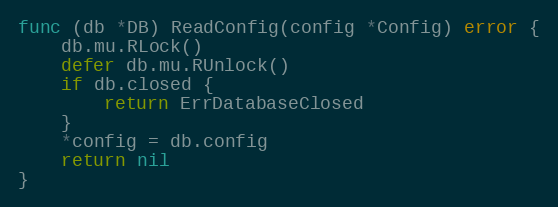
Language: Go
func (db *DB) ReadConfig(config *Config) error {
	db.mu.RLock()
	defer db.mu.RUnlock()
	if db.closed {
		return ErrDatabaseClosed
	}
	*config = db.config
	return nil
}